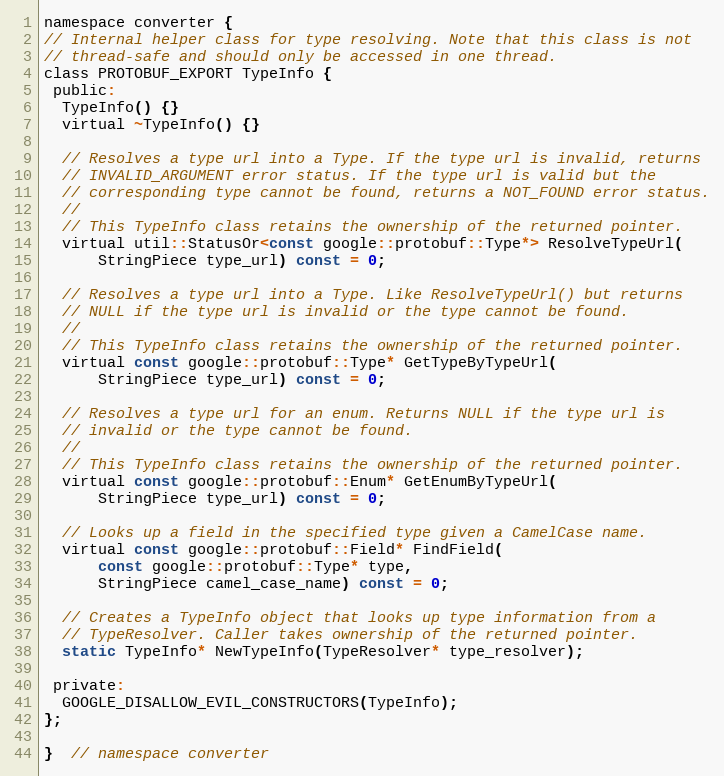
Language: C
namespace converter {
// Internal helper class for type resolving. Note that this class is not
// thread-safe and should only be accessed in one thread.
class PROTOBUF_EXPORT TypeInfo {
 public:
  TypeInfo() {}
  virtual ~TypeInfo() {}

  // Resolves a type url into a Type. If the type url is invalid, returns
  // INVALID_ARGUMENT error status. If the type url is valid but the
  // corresponding type cannot be found, returns a NOT_FOUND error status.
  //
  // This TypeInfo class retains the ownership of the returned pointer.
  virtual util::StatusOr<const google::protobuf::Type*> ResolveTypeUrl(
      StringPiece type_url) const = 0;

  // Resolves a type url into a Type. Like ResolveTypeUrl() but returns
  // NULL if the type url is invalid or the type cannot be found.
  //
  // This TypeInfo class retains the ownership of the returned pointer.
  virtual const google::protobuf::Type* GetTypeByTypeUrl(
      StringPiece type_url) const = 0;

  // Resolves a type url for an enum. Returns NULL if the type url is
  // invalid or the type cannot be found.
  //
  // This TypeInfo class retains the ownership of the returned pointer.
  virtual const google::protobuf::Enum* GetEnumByTypeUrl(
      StringPiece type_url) const = 0;

  // Looks up a field in the specified type given a CamelCase name.
  virtual const google::protobuf::Field* FindField(
      const google::protobuf::Type* type,
      StringPiece camel_case_name) const = 0;

  // Creates a TypeInfo object that looks up type information from a
  // TypeResolver. Caller takes ownership of the returned pointer.
  static TypeInfo* NewTypeInfo(TypeResolver* type_resolver);

 private:
  GOOGLE_DISALLOW_EVIL_CONSTRUCTORS(TypeInfo);
};

}  // namespace converter